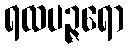
ရထပဉ္ဇရော